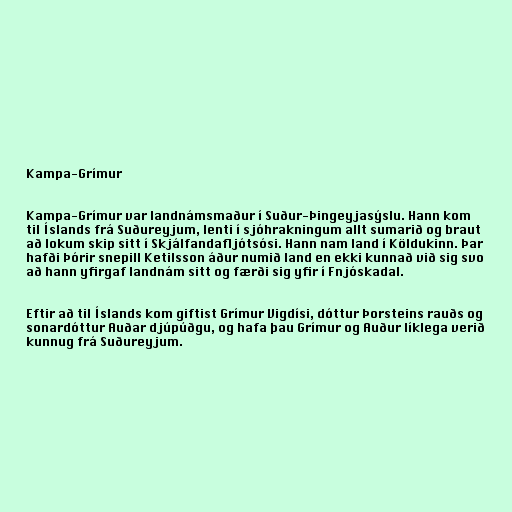
Kampa-Grímur

Kampa-Grímur var landnámsmaður í Suður-Þingeyjasýslu. Hann kom
til Íslands frá Suðureyjum, lenti í sjóhrakningum allt sumarið og braut
að lokum skip sitt í Skjálfandafljótsósi. Hann nam land í Köldukinn. Þar
hafði Þórir snepill Ketilsson áður numið land en ekki kunnað við sig svo
að hann yfirgaf landnám sitt og færði sig yfir í Fnjóskadal.

Eftir að til Íslands kom giftist Grímur Vigdísi, dóttur Þorsteins rauðs og
sonardóttur Auðar djúpúðgu, og hafa þau Grímur og Auður líklega verið
kunnug frá Suðureyjum.